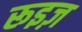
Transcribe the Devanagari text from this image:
रूइज़